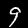
Digit: 9